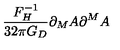
\frac { F _ { H } ^ { - 1 } } { 3 2 \pi G _ { D } } \partial _ { M } A \partial ^ { M } A